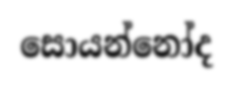
සොයන්නෝද